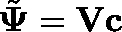
\tilde { \mathbf { \Psi } } = \mathbf { V } \mathbf { c }